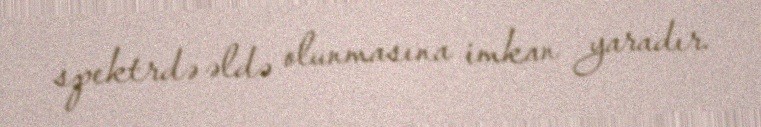
spektrdə əldə olunmasına imkan yaradır.